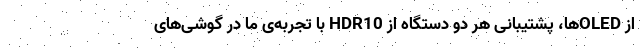
از OLEDها، پشتیبانی هر دو دستگاه از HDR10 با تجربه‌ی ما در گوشی‌های